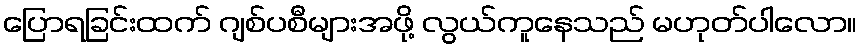
ပြောရခြင်းထက် ဂျစ်ပစီများအဖို့ လွယ်ကူနေသည် မဟုတ်ပါလော။